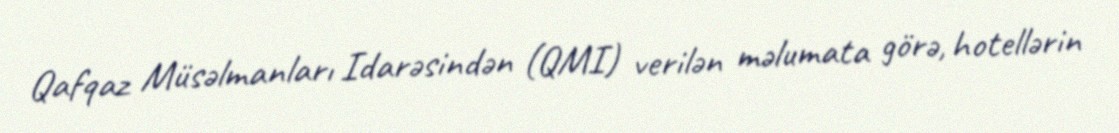
Qafqaz Müsəlmanları Idarəsindən (QMI) verilən məlumata görə, hotellərin